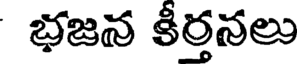
భజన కీర్తనలు